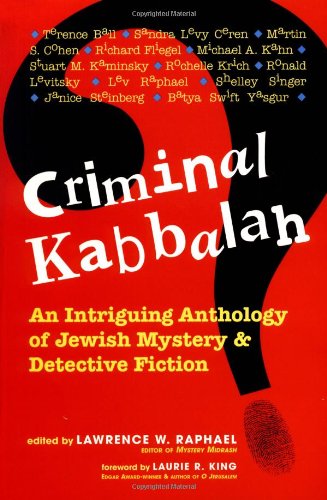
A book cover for Criminal Kabbalah: An Intriguing Anthology of Jewish Mystery & Detective Fiction; Religion & Spirituality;